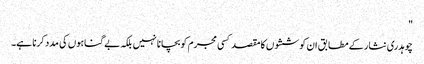
"
چوہدری نثار کے مطابق ان کوششوں کا مقصد کسی مجرم کو بچانا نہیں بلکہ بے گناہوں کی مدد کرنا ہے۔